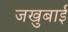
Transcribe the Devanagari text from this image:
जखुबाई